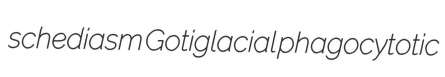
schediasm Gotiglacial phagocytotic